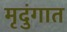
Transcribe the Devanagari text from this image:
मृदुंगात